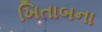
ખિતાબના